Vital statistics of India. Vol. VI, European troops 1870-79
Year: 1870
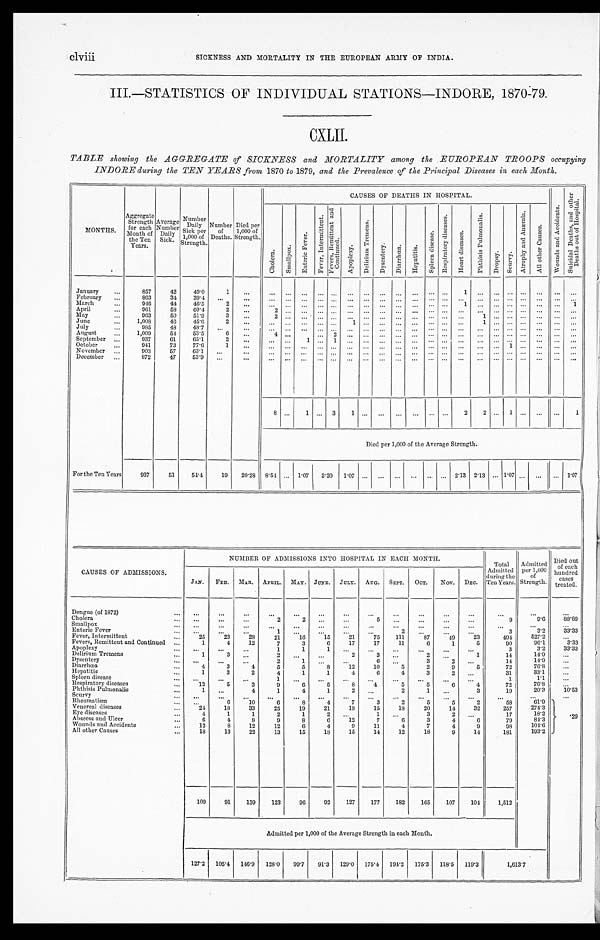
clviii
SICKNESS AND MORTALITY IN THE EUROPEAN ARMY OF INDIA.
III.—STATISTICS OF INDIVIDUAL STATIONS—INDORE, 1870-79.
CXLII.
TABLE showing the AGGREGATE of SICKNESS and MORTALITY among the EUROPEAN TROOPS occupying
INDORE during the TEN YEARS from 1870 to 1879, and the Prevalence of the Principal Diseases in each Month.
MONTHS. Aggregate Strength for each
Month of
the Ten
Years. Average Number Daily Sick.
Number Daily Sick per
1,000 of
Strength. Number of Deaths. D i e d p e r
1 , 0 0 0 o f
S t r e n g t h .
CAUSES OF DEATHS I N HOSPI TAL.
W o u n d s a n d A c c i d e n t s . S u i c i d a l D e a t h s , a n d o t h e r
D e a t h s o u t o f H o s p i t a l .
C h o l e r a . S ma l l p o x .
E n t e r i c F e v e r .
F e v e r , I n t e r m i t t e n t .
F e v e r s , R e m i t t e n t a n d
C o n t i n u e d .
A p o p l e x y . D e l i r i u m T r e m e n s .
D y s e n t e r y .
D i a r r h œ a .
H e p a t i t i s .
S p l e e n d i s e a s e . R e s p i r a t o r y d i s e a s e s . H e a r t d i s e a s e s .
P h t h i s i s P u l m o n a l i s .
Dr o p s y . S c u r v y .
A t r o p h y a n d A n æ m i a .
A l l o t h e r c a u s e s .
J a n u a r y 857 42 49.0
1
1
February
863 34 39.4
March
946 44 46.5
2
1
1
April
961 58 60.4 2
2
May
963 50 51.9 3
2
1
J u n e
1 , 0 0 8 46 45.6
2
1
1
J u l y
9 8 5 48 48.7
August
1,009 54 53.5
6
4
2
September
937 61 65.1 2
1
1
October
941 73 77.6
1
1
November
903 57 63.1
December
872 47 53.9
8
1
3 1
2 2
1
1
Died per 1,000 of the Average Strength.
For the Ten Years 937 51 54.4 19 20.28 8.54 1.07 3.20 1.07
2.13 2.13 1.07
1. 07
CAUSES OF ADMISSIONS.
NUMBER OF ADMISSIONS INTO HOSPITAL IN EACH MONTH.
Total Admi t t ed
dur i ng t he
Ten Year s. Admitted per 1,000
of Strength.
Died out
of each
hundred cases treated.
JAN. FEB. MAR. APRIL. MAY. JUNE. JULY. AUG. SEPT. OCT. NOV. DEC.
Dengue (of 1872)
Cholera
2
2
5
9
9 . 6 88.89
Smallpox Enteric Fever
1
2
3
3. 2
3 . 3 3
Fever, Intermittent
25
2 3 28 21 16 15
2 1
75 111 87 49
2 3
494
5 2 7 . 2
Fevers, Remittent and Continued
1
4 12
7
3
6 17 17 11
6
1
5
90
9 6 . 1 33.33
Apoplexy
1
1
1
3
3.2 33.33
Delirium Tremens
1
3
2
2
3
2
1
14
1 4 . 9
Dysentery
2 1
6
3
2
14
1 4 . 9
Diarrhœa
4 3
4
5
5
8 12 10
5
2
9
5
7 2
7 6 . 8
Hepatitis
1
3
2
4
1
1
4
6
4
3
2
3 1
3 3 . 1
Spleen disease
1
1
1 . 1
Respiratory diseases
12
5
3
9
6
5
8
4
5
5
6
4
72
76.8
Phthisis Pulmonalis
1
4
1
4
1
2
2
1
3
19
20.3 10.53
Scurvy Rheumatism
6
1 0
6
8
4
7
3
2
5
5
2
58
6 1 . 9.29
Venereal diseases
24 18 33 25 19 21 18 15 18 20 14 32
257 274.3
Eye diseases
4
1
1
2
1
2
1
3
2
17
1 8 . 2
Abscess and Ulcer
6
4
8
9
8 6 12
7
6
3
4
6
79
8 4 . 3
Wounds and Accidents
12
8 12 12
6
4
9 11
4
7
4
9
98
1 0 4 . 6
All other Causes
18 13 22 13 15 18 15 14 12 18
9 14
181
1 9 3 . 2
109 91 139 123 96 92 127 177 182 165 107 104 1,512
Admitted per 1,000 of the Average Strength in each Month.
127.2 105.4 146.9 128.0 99.7 91.3 129. 0 175.4 194.2 175.3 118.5 119.3
1 , 6 1 3 . 7